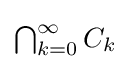
{\textstyle \bigcap _{k=0}^{\infty }C_{k}}